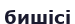
бишісі